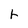
Character: r